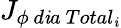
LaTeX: {J}_{\phi\ d\mathit{i}a\ Total_{\mathit{i}}}